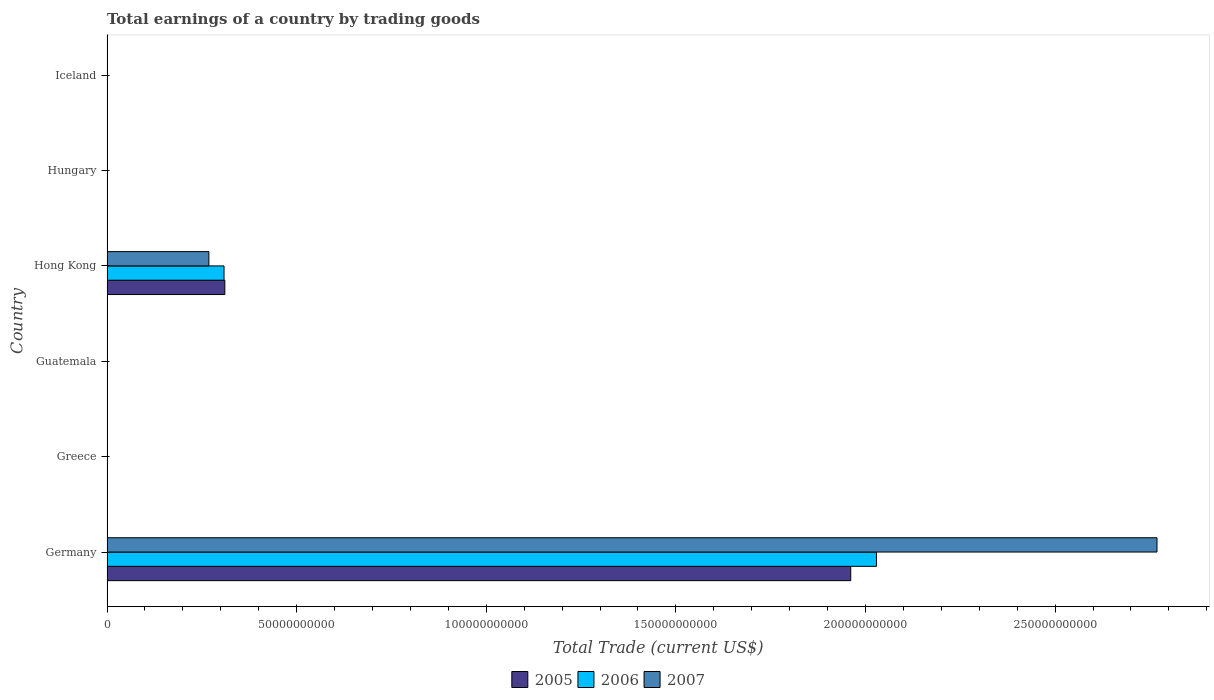
| Country | 2005 | 2006 | 2007 |
 | --- | --- | --- | --- |
 | Germany | 1.96e+11 | 2.03e+11 | 2.77e+11 |
 | Greece | -3.42e+10 | -4.4e+10 | -5.69e+10 |
 | Guatemala | -4.19e+09 | -4.85e+09 | -5.49e+09 |
 | Hong Kong | 3.11e+10 | 3.09e+10 | 2.69e+10 |
 | Hungary | -2.46e+09 | -2.58e+09 | -5.54e+08 |
 | Iceland | -1.78e+09 | -2.69e+09 | -2.09e+09 |